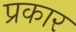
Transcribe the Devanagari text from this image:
प्रकार